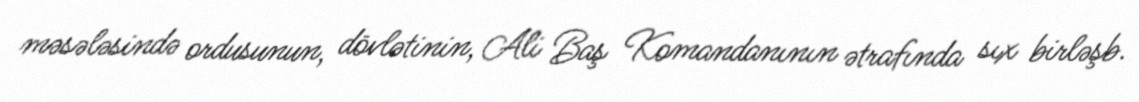
məsələsində ordusunun, dövlətinin, Ali Baş Komandanının ətrafında sıx birləşb.